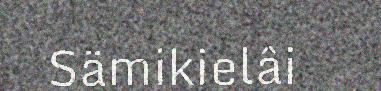
Sämikielâi